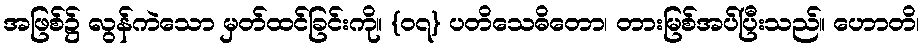
အဖြစ်၌ လွန်ကဲသော မှတ်ထင်ခြင်းကို။ {၀၇} ပတိသေဓိတော၊ တားမြစ်အပ်ပြီးသည်။ ဟောတိ၊